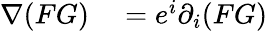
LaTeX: \begin{array}{rl}{\nabla(FG)}&{{}=e^{i}\partial_{i}(FG)}\end{array}